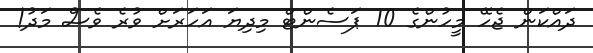
ދައްކަން ޖެހޭ މީހުންގެ 10 ޕަސެންޓް މިދިޔަ އަހަރަށް ވުރެ ވެސް މަދު!